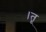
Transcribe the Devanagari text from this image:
।तू